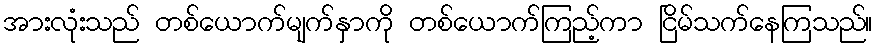
အားလုံးသည် တစ်ယောက်မျက်နှာကို တစ်ယောက်ကြည့်ကာ ငြိမ်သက်နေကြသည်။